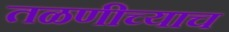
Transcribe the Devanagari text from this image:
तळणीच्याच